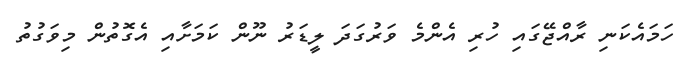
ހަމައެކަނި ރާއްޖޭގައި ހުރި އެންމެ ވަރުގަދަ ލީޑަރު ނޫން ކަމަށާއި އެގޮތުން މިވަގުތު